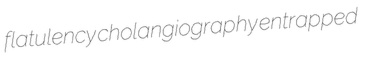
flatulency cholangiography entrapped